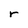
Character: r